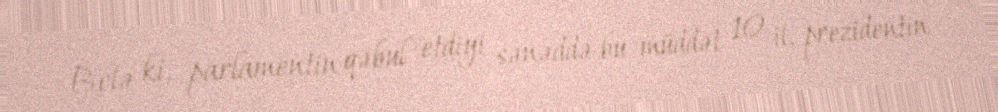
Belə ki, parlamentin qəbul etdiyi sənəddə bu müddət 10 il, prezidentin